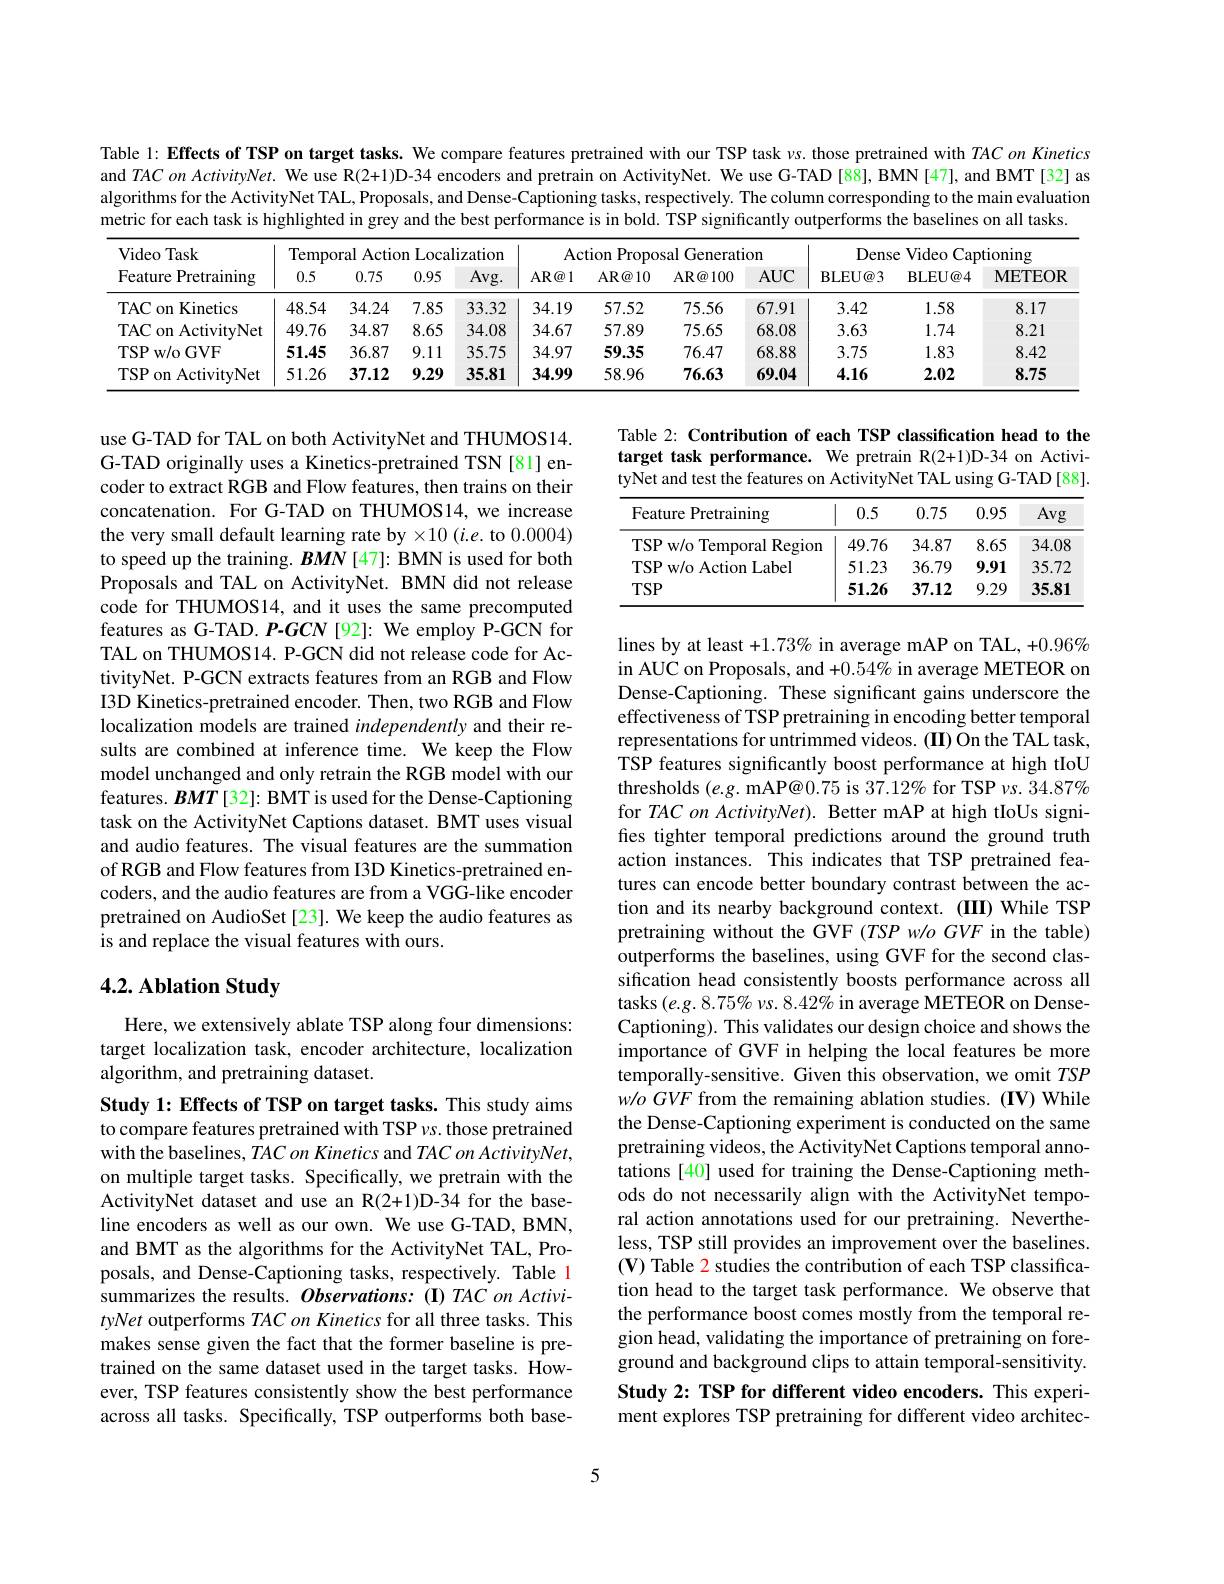
Table 1: Effects of TSP on target tasks. We compare features pretrained with our TSP task vs. those pretrained with TACon Kinetics and TACon ActivityNet. We use R(2+1)D-34 encoders and pretrain on ActivityNet. We use G-TAD [88], BMN[47], and BMT[32] as algorithms for the ActivityNet TAL, Proposals, and Dense-Captioning tasks, respectively. The column corresponding to the main evaluation metric for each task is highlighted in grey and the best performance is in bold. TSP significantly outperforms the baselines on all tasks.

<table>
	<tbody>
		<tr>
			<th rowspan="2">Video Task Feature Pretraining</th>
			<th colspan="4">Temporal Action Localization</th>
			<th colspan="4">Action Proposal Generation</th>
			<th colspan="3">Dense Video Captioning</th>
		</tr>
		<tr>
			<th>0.5</th>
			<th>0.75</th>
			<th>0.95</th>
			<th>Avg. </th>
			<th>AR@ 1</th>
			<th>$\operatorname{AR@10}$</th>
			<th>$\operatorname{AR}\textcircled{a}100$</th>
			<th>$AUC$</th>
			<th>$\mathbf{BLEU@3}$</th>
			<th>BLEU@ 4</th>
			<th>METEOR</th>
		</tr>
		<tr>
			<td>TAC on Kinetics</td>
			<td>48.54</td>
			<td>34.24</td>
			<td>7.85</td>
			<td>33.32</td>
			<td>34.19</td>
			<td>57.52</td>
			<td>75.56</td>
			<td>67.91</td>
			<td>3.42</td>
			<td>1.58</td>
			<td>8.17</td>
		</tr>
		<tr>
			<td>TAC on ActivityNet</td>
			<td>49.76</td>
			<td>34.87</td>
			<td>8.65</td>
			<td>34.08</td>
			<td>34.67</td>
			<td>57.89</td>
			<td>75.65</td>
			<td>68.08</td>
			<td>3.63</td>
			<td>1.74</td>
			<td>8.21</td>
		</tr>
		<tr>
			<td>TSP w/ o GVF</td>
			<td>51.45</td>
			<td>36.87</td>
			<td>9.11</td>
			<td>35.75</td>
			<td>34.97</td>
			<td>59.35</td>
			<td>76.47</td>
			<td>68.88</td>
			<td>3.75</td>
			<td>1.83</td>
			<td>8.42</td>
		</tr>
		<tr>
			<td>TSP on ActivityNet</td>
			<td>51.26</td>
			<td>37.12</td>
			<td>9.29</td>
			<td>35.81</td>
			<td>34.99</td>
			<td>58.96</td>
			<td>76.63</td>
			<td>69.04</td>
			<td>4.16</td>
			<td>2.02</td>
			<td>8.75</td>
		</tr>
	</tbody>
</table>

Table 2: Contribution of each TSP classification head to the target task performance. We pretrain R(2+1)D-34 on ActivityNet and test the features on ActivityNet TAL using G-TAD[88].

<table>
	<tbody>
		<tr>
			<th>Feature Pretraining</th>
			<th>0.5</th>
			<th>0.75</th>
			<th>0.95</th>
			<th>Avg</th>
		</tr>
		<tr>
			<td>TSP w/o Temporal Region</td>
			<td>49.76</td>
			<td>34.87</td>
			<td>8.65</td>
			<td>34.08</td>
		</tr>
		<tr>
			<td>TSP w/o Action Label</td>
			<td>51.23</td>
			<td>36.79</td>
			<td>9.91</td>
			<td>35.72</td>
		</tr>
		<tr>
			<td>$TSP$</td>
			<td>51.26</td>
			<td>37.12</td>
			<td>9.29</td>
			<td>35.81</td>
		</tr>
	</tbody>
</table>

use G-TAD for TAL on both ActivityNet and THUMOS14. G-TAD originally uses a Kinetics-pretrained TSN [81] encoder to extract RGB and Flow features, then trains on their concatenation. For G-TAD on THUMOS14,we increase the very small default learning rate by $\times10$ (i.e. to 0.0004) to speed up the training. $BMN$ [47]: BMN is used for both Proposals and TAL on ActivityNet. BMN did not release code for THUMOS14, and it uses the same precomputed features as G-TAD. P-GCN [92]: We employ P-GCN for TAL on THUMOS14. P-GCN did not release code for ActivityNet. P-GCN extracts features from an RGB and Flow I3D Kinetics-pretrained encoder. Then, two RGB and Flow localization models are trained independently and their results are combined at inference time. We keep the Flow model unchanged and only retrain the RGB model with our features. $BMT$ [32]: BMT is used for the Dense-Captioning task on the ActivityNet Captions dataset. BMT uses visual and audio features. The visual features are the summation of RGB and Flow features from I3D Kinetics-pretrained encoders, and the audio features are from a VGG-like encoder pretrained on AudioSet [23]. We keep the audio features as is and replace the visual features with ours.

## 4.2. Ablation Study

lines by at least +1.73% in average mAP on TAL, +0.96% in AUC on Proposals, and +0.54% in average METEOR on Dense-Captioning. These significant gains underscore the effectiveness of TSP pretraining in encoding better temporal representations for untrimmed videos. (II) On the TAL task, TSP features significantly boost performance at high tIoU thresholds $( e. g. \textbf{mAP@ }0. 75$ is 37. 12\% for TSP $vs. 34. 87\%$ for TAC on ActivityNet). Better mAP at high tIoUs signifies tighter temporal predictions around the ground truth action instances. This indicates that TSP pretrained features can encode better boundary contrast between the action and its nearby background context. (III) While TSP pretraining without the GVF (TSP w/o GVF in the table) outperforms the baselines, using GVF for the second classification head consistently boosts performance across all tasks $(e.g.8.75\%$ vs. 8.42% in average METEOR on DenseCaptioning). This validates our design choice and shows the importance of GVF in helping the local features be more temporally-sensitive. Given this observation, we omit $TSP$ $w/oGVF$ from the remaining ablation studies. (IV) While the Dense-Captioning experiment is conducted on the same pretraining videos, the ActivityNet Captions temporal annotations [40] used for training the Dense-Captioning methods do not necessarily align with the ActivityNet temporal action annotations used for our pretraining. Nevertheless, TSP still provides an improvement over the baselines. (V) Table 2 studies the contribution of each TSP classification head to the target task performance. We observe that the performance boost comes mostly from the temporal region head, validating the importance of pretraining on foreground and background clips to attain temporal-sensitivity. Study 2: TSP for different video encoders. This experiment explores TSP pretraining for different video architec-

Here, we extensively ablate TSP along four dimensions: target localization task, encoder architecture, localization algorithm, and pretraining dataset.

Study 1: Effects of TSP on target tasks. This study aims to compare features pretrained with TSP $\nu s.$ those pretrained with the baselines, TAC on Kinetics and $TAC\textit{on ActivityNet, }$ on multiple target tasks. Specifically, we pretrain with the ActivityNet dataset and use an R(2+1)D-34 for the baseline encoders as well as our own. We use G-TAD, BMN, and BMT as the algorithms for the ActivityNet TAL, Proposals, and Dense-Captioning tasks, respectively. Table 1 summarizes the results. $Observations:(\mathbf{I})TAConActivi-$ tyNet outperforms TAC on Kinetics for all three tasks. This makes sense given the fact that the former baseline is pretrained on the same dataset used in the target tasks. However, TSP features consistently show the best performance across all tasks. Specifically, TSP outperforms both base-

5